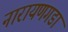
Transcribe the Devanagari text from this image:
नारायणगडा